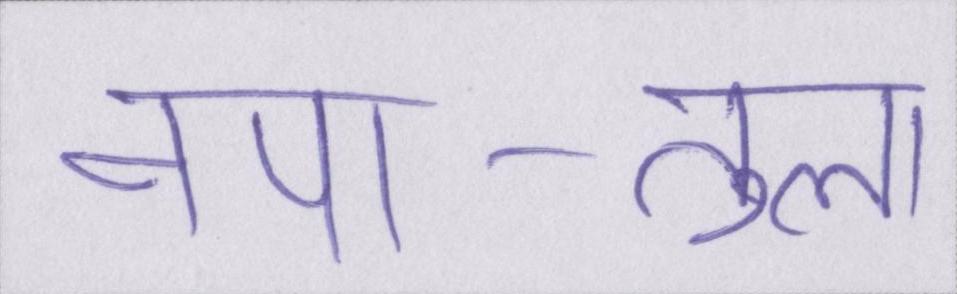
नपा-तुला